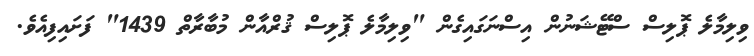
ވިލިމާލެ ޕޮލިސް ސްޓޭޝަނުން އިސްނަގައިގެން "ވިލިމާލެ ޕޮލިސް ޤުރްއާން މުބާރާތް 1439" ފަށައިފިއެވެ.